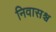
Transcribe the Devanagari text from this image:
निवासश्च